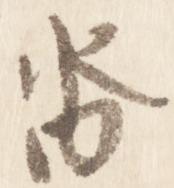
沓